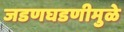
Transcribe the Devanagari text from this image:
जडणघडणीमुळे